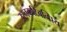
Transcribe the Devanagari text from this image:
उश्नकटिबन्धिय